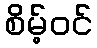
စိမ့်ဝင်